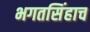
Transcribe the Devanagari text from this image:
भगतसिंहाच